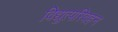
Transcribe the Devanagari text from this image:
विद्युत्परिवहन